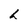
Character: h